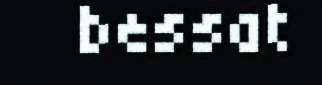
bessat